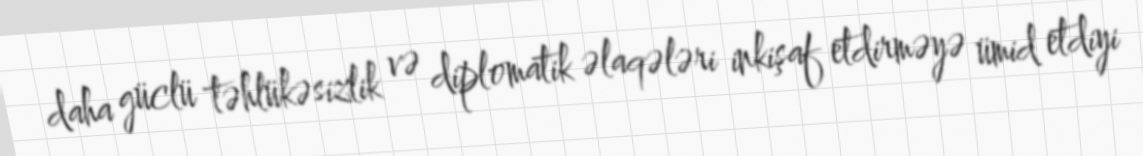
daha güclü təhlükəsizlik və diplomatik əlaqələri inkişaf etdirməyə ümid etdiyi